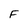
Character: F